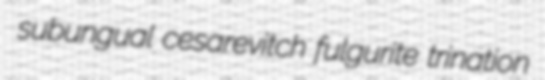
subungual cesarevitch fulgurite trination